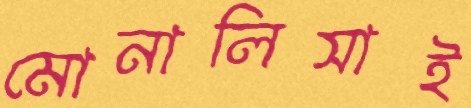
মোনালিসাই